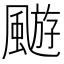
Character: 𩘓